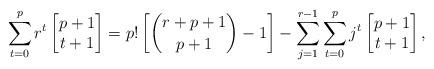
LaTeX: \begin{align*}\sum_{t=0}^{p} r^t \begin{bmatrix} p+1 \\ t+1 \end{bmatrix} =p! \left[ \binom{r+p+1}{p+1}- 1 \right] - \sum_{j=1}^{r-1}\sum_{t=0}^{p} j^t \begin{bmatrix} p+1 \\ t+1 \end{bmatrix},\end{align*}